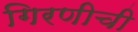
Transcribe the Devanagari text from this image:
गिरणीची